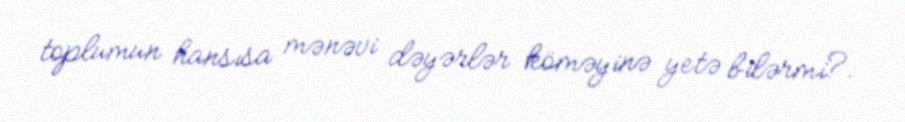
toplumun hansısa mənəvi dəyərlər köməyinə yetə bilərmi?.